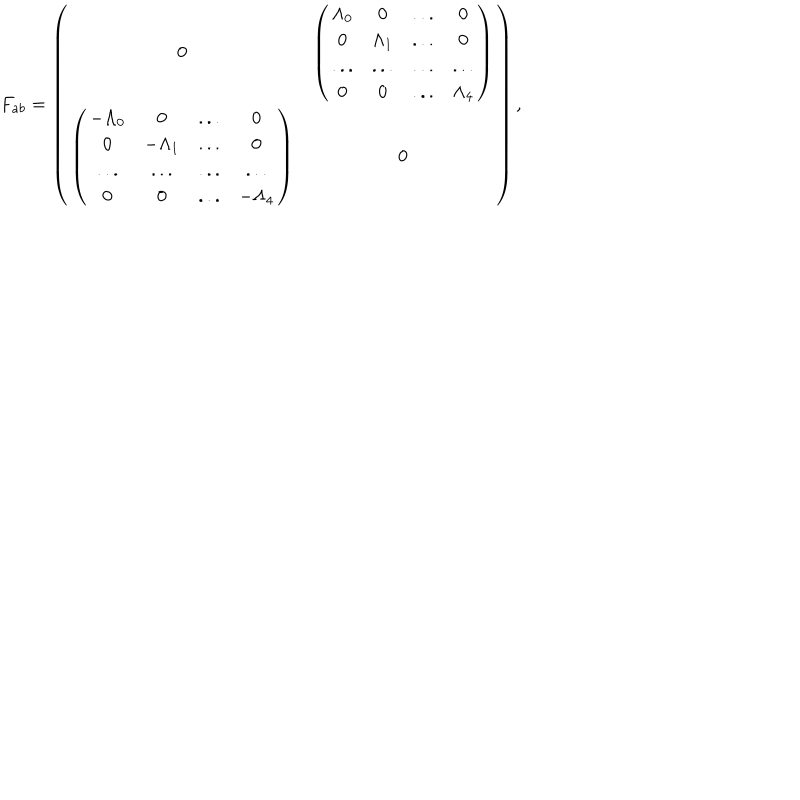
F _ { a b } = \left( \begin{matrix} { { 0 } } & { { \left( \begin{matrix} { { \Lambda _ { 0 } } } & { { 0 } } & { { . . . } } & { { 0 } } \\ { { 0 } } & { { \Lambda _ { 1 } } } & { { . . . } } & { { 0 } } \\ { { . . . } } & { { . . . } } & { { . . . } } & { { . . . } } \\ { { 0 } } & { { 0 } } & { { . . . } } & { { \Lambda _ { 4 } } } \\ \end{matrix} \right) } } \\ { { \left( \begin{matrix} { { - \Lambda _ { 0 } } } & { { 0 } } & { { . . . } } & { { 0 } } \\ { { 0 } } & { { - \Lambda _ { 1 } } } & { { . . . } } & { { 0 } } \\ { { . . . } } & { { . . . } } & { { . . . } } & { { . . . } } \\ { { 0 } } & { { 0 } } & { { . . . } } & { { - \Lambda _ { 4 } } } \\ \end{matrix} \right) } } & { { 0 } } \\ \end{matrix} \right) ,